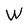
Character: W